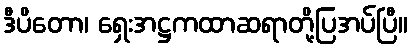
ဒီပိတော၊ ရှေးအဋ္ဌကထာဆရာတို့ပြအပ်ပြီ။